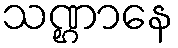
သဏ္ဌာနေ